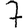
Digit: 7